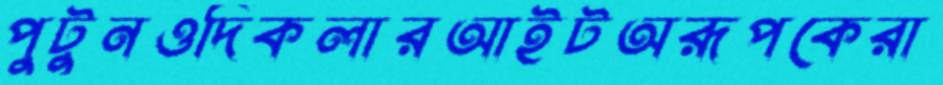
পুটুনওদিকলারআইটঅরূপকেরা